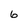
Character: 6